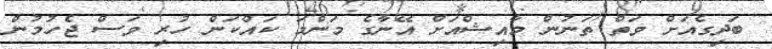
ބަދިގެއަށް ވަތް ތަނުން މާއިޝްއަށް އޭނާގެ މަންމަ ކައްކަން ހުރި ވަސް ޖެހުމުން